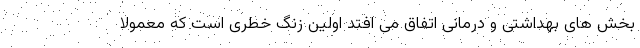
بخش های بهداشتی و درمانی اتفاق می افتد اولین زنگ خطری است که معمولا